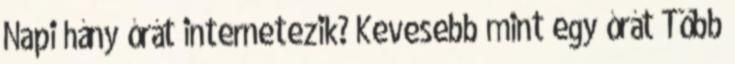
Napi hány órát internetezik? Kevesebb mint egy órát Több